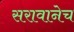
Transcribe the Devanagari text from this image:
सरावानेच